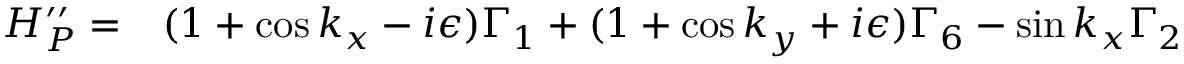
\begin{array} { r l } { H _ { P } ^ { \prime \prime } = } & { { } ( 1 + \cos k _ { x } - i \epsilon ) \Gamma _ { 1 } + ( 1 + \cos k _ { y } + i \epsilon ) \Gamma _ { 6 } - \sin k _ { x } \Gamma _ { 2 } } \end{array}